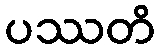
ပဿတိ